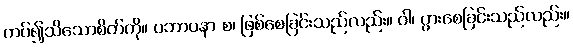
ကပ်၍သိသောစိတ်ကို။ ပဘာဝနာ စ၊ ဖြစ်စေခြင်းသည်လည်း။ ဝါ၊ ပွားစေခြင်းသည်လည်း။